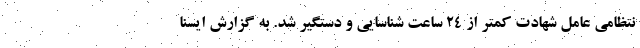
نتظامی عامل شهادت کمتر از ۲۴ ساعت شناسایی و دستگیر شد. به گزارش ایسنا